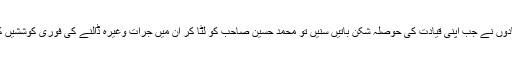
استادوں نے جب اپنی قیادت کی حوصلہ شکن باتیں سنیں تو محمد حسین صاحب کو لٹا کر ان میں جرات وغیرہ ڈالنے کی فوری کوششیں کیں۔